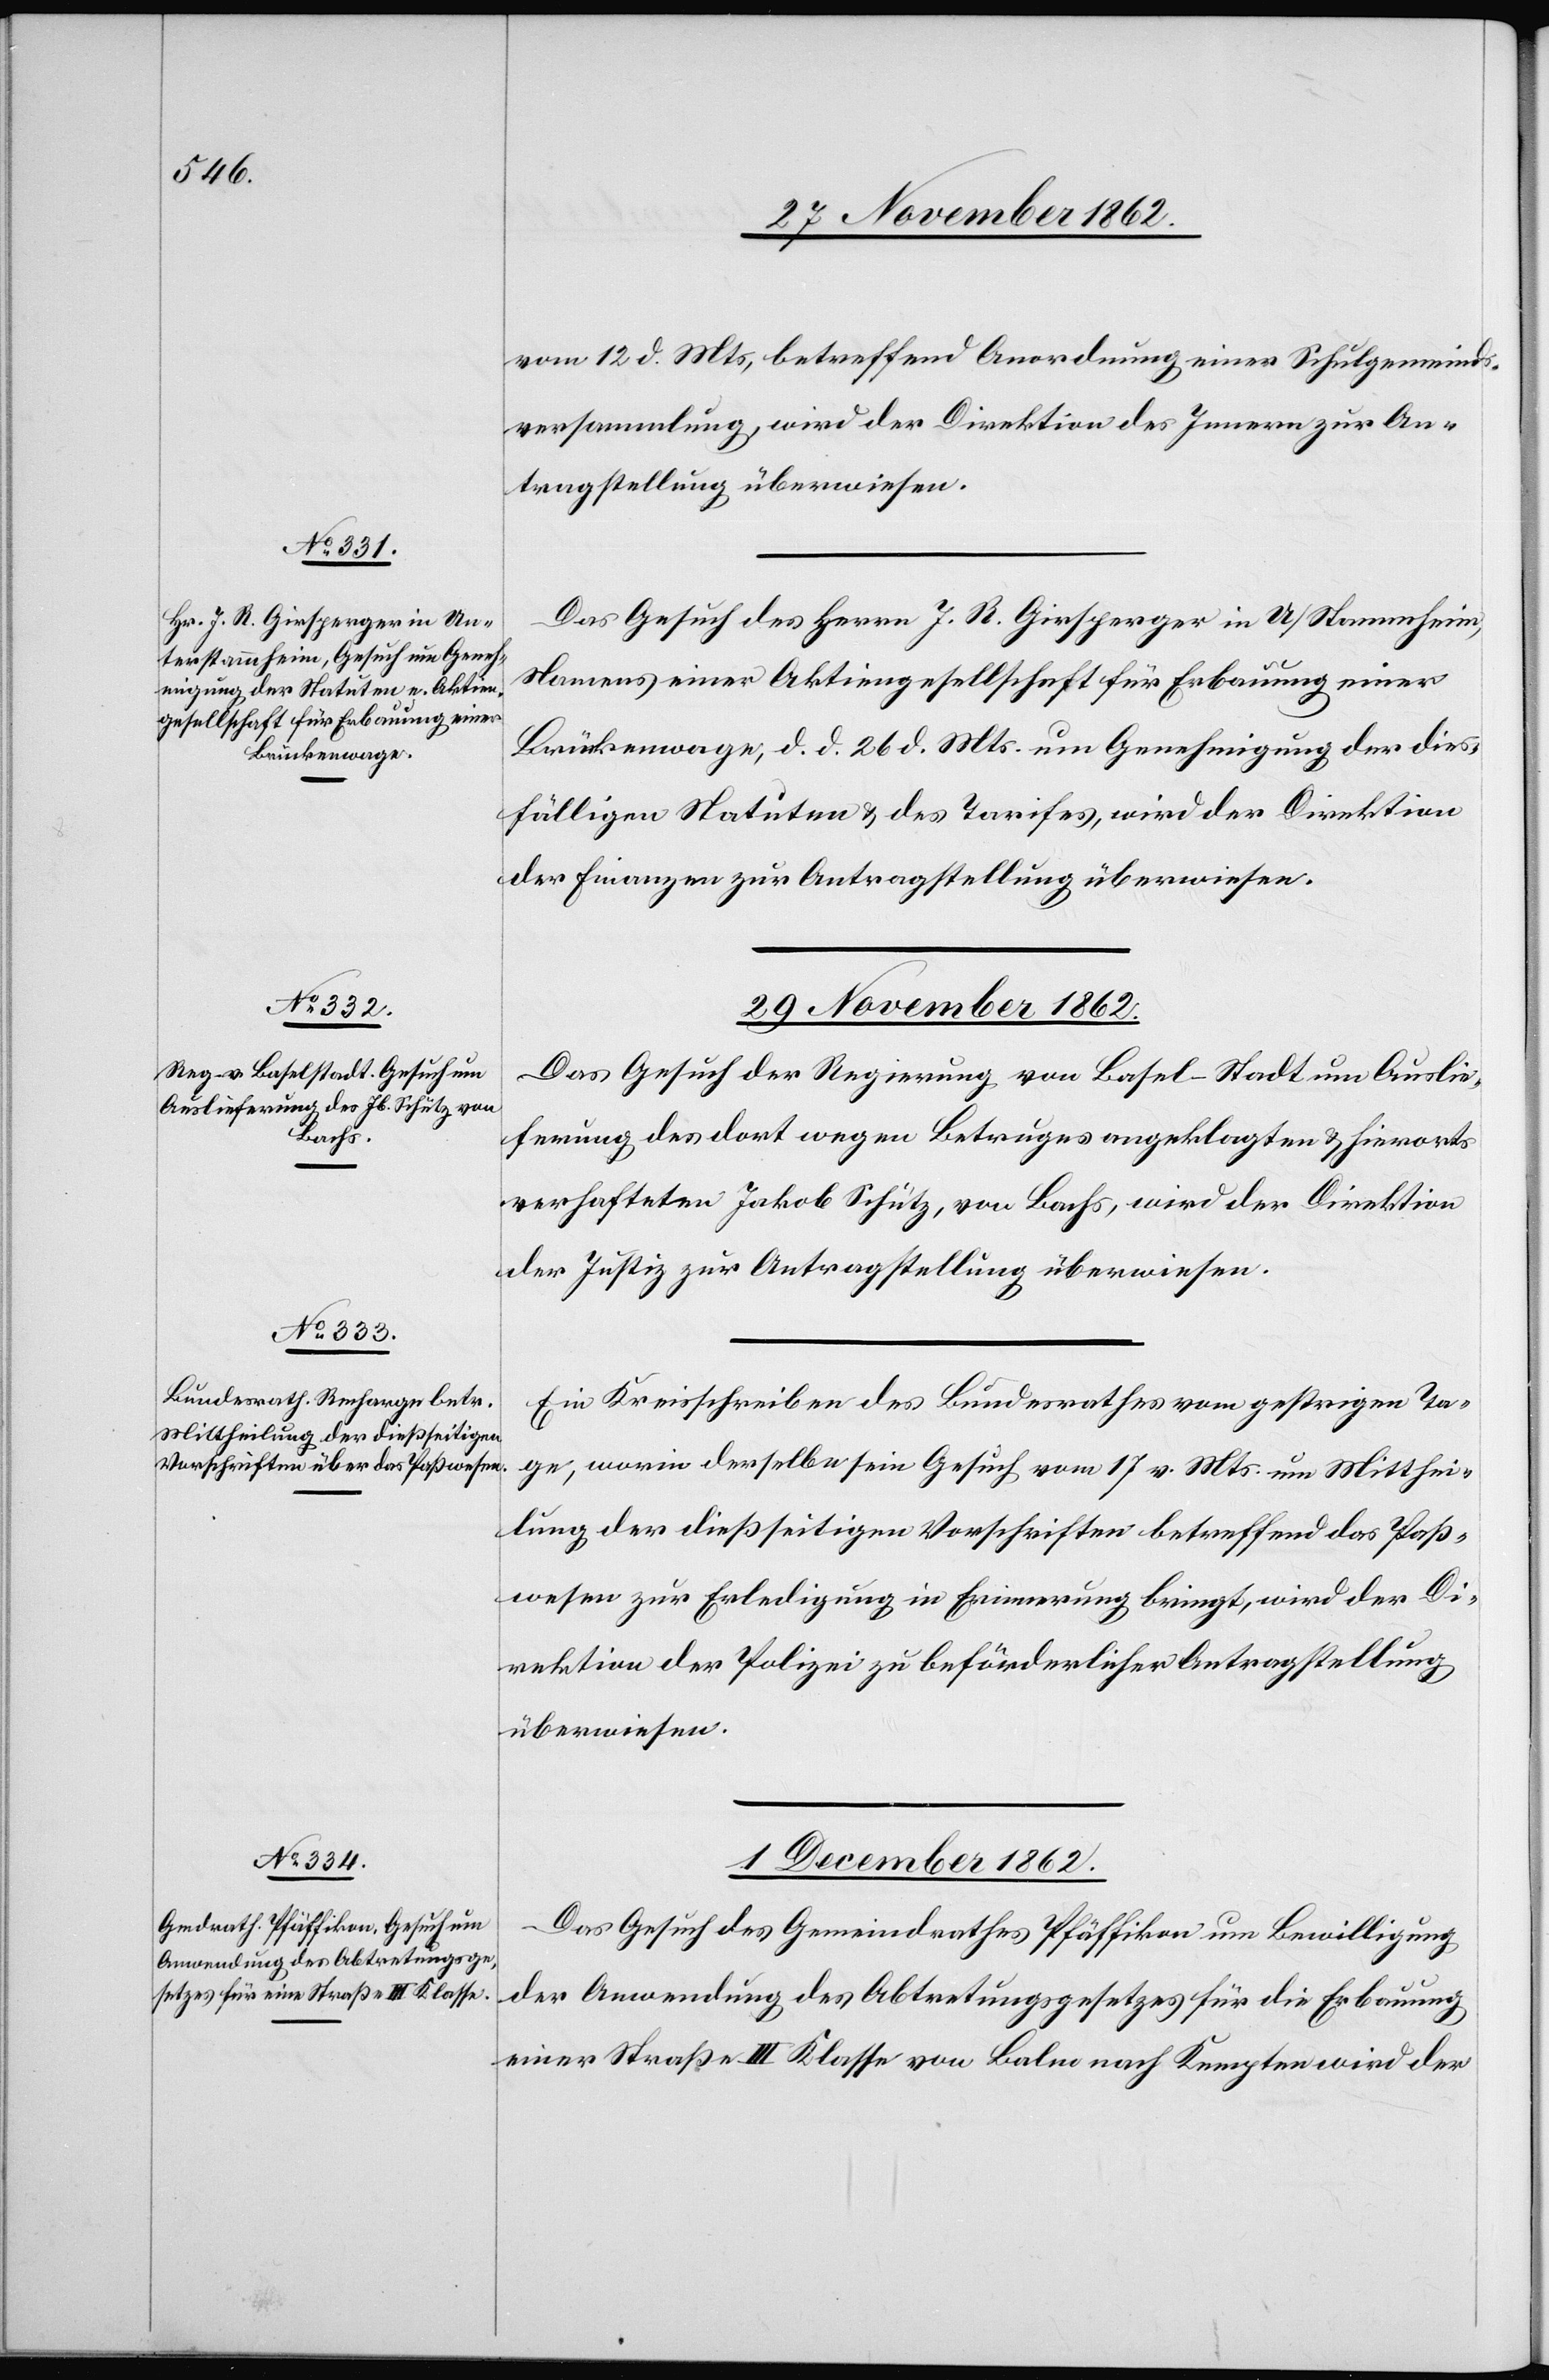
28. November 1862.]
vom 12. d. Mts, betreffend Anordnung einer Schulgemeinds¬
versammlung, wird der Direktion des Innern zur An¬
tragstellung überwiesen.
Das Gesuch des Herrn J. R. Girsperger in U/Stammheim,
Namens einer Aktiengesellschaft für Erbauung einer
Brückenwage, d. d. 26. d. Mts. um Genehmigung der dies¬
fälligen Statuten u. des Tarifes, wird der Direktion
der Finanzen zur Antragstellung überwiesen.
29. November 1862.]
Das Gesuch der Regierung von Basel-Stadt um Auslie¬
ferung des dort wegen Betruges angeklagten u. hierorts
verhafteten Jakob Schütz, von Bachs, wird der Direktion
der Justiz zur Antragstellung überwiesen.
Ein Kreisschreiben des Bundesrathes vom gestrigen Ta¬
ge, worin derselbe sein Gesuch vom 17. v. Mts. um Mitthei¬
lung der dießseitigen Vorschriften betreffend das Paß¬
wesen zur Erledigung in Erinnerung bringt, wird der Di¬
rektion der Polizei zu beförderlicher Antragstellung
überwiesen.
1. December 1862.
Das Gesuch des Gemeindrathes Pfäffikon um Bewilligung
der Anwendung des Abtretungsgesetzes für die Erbauung
einer Straße III. Klasse von Balm nach Kempten wird der